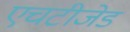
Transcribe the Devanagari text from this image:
एचटीजेड